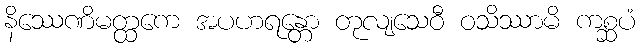
နိဿေဏိမတ္ထကေ အပဟရန္တော တုလျသေဝီ ဝသိဿာမိ ကစ္ဆပံ